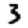
Digit: 3